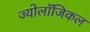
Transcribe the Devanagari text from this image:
ज्योलॉजिकल